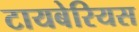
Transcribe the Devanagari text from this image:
टायबेरियस